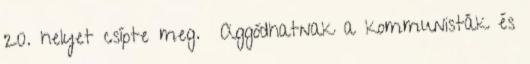
20. helyet csípte meg. Aggódhatnak a kommunisták és